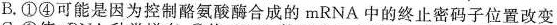
B. ①④可能是因为控制酪氨酸酶合成的mRNA中的终止密码子位置改变